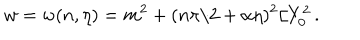
LaTeX: w = w ( n , \eta ) = m ^ { 2 } + ( n \pi / 2 + \alpha \eta ) ^ { 2 } / Y _ { 0 } ^ { 2 } \, .